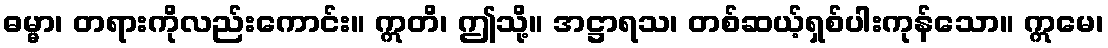
ဓမ္မာ၊ တရားကိုလည်းကောင်း။ ဣတိ၊ ဤသို့။ အဋ္ဌာရသ၊ တစ်ဆယ့်ရှစ်ပါးကုန်သော။ ဣမေ၊